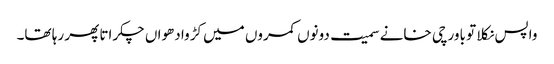
واپس نکلا تو باورچی خانے سمیت دونوں کمروں میں کڑوا دھواں چکراتا پھر رہا تھا۔